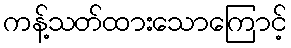
ကန့်သတ်ထားသောကြောင့်